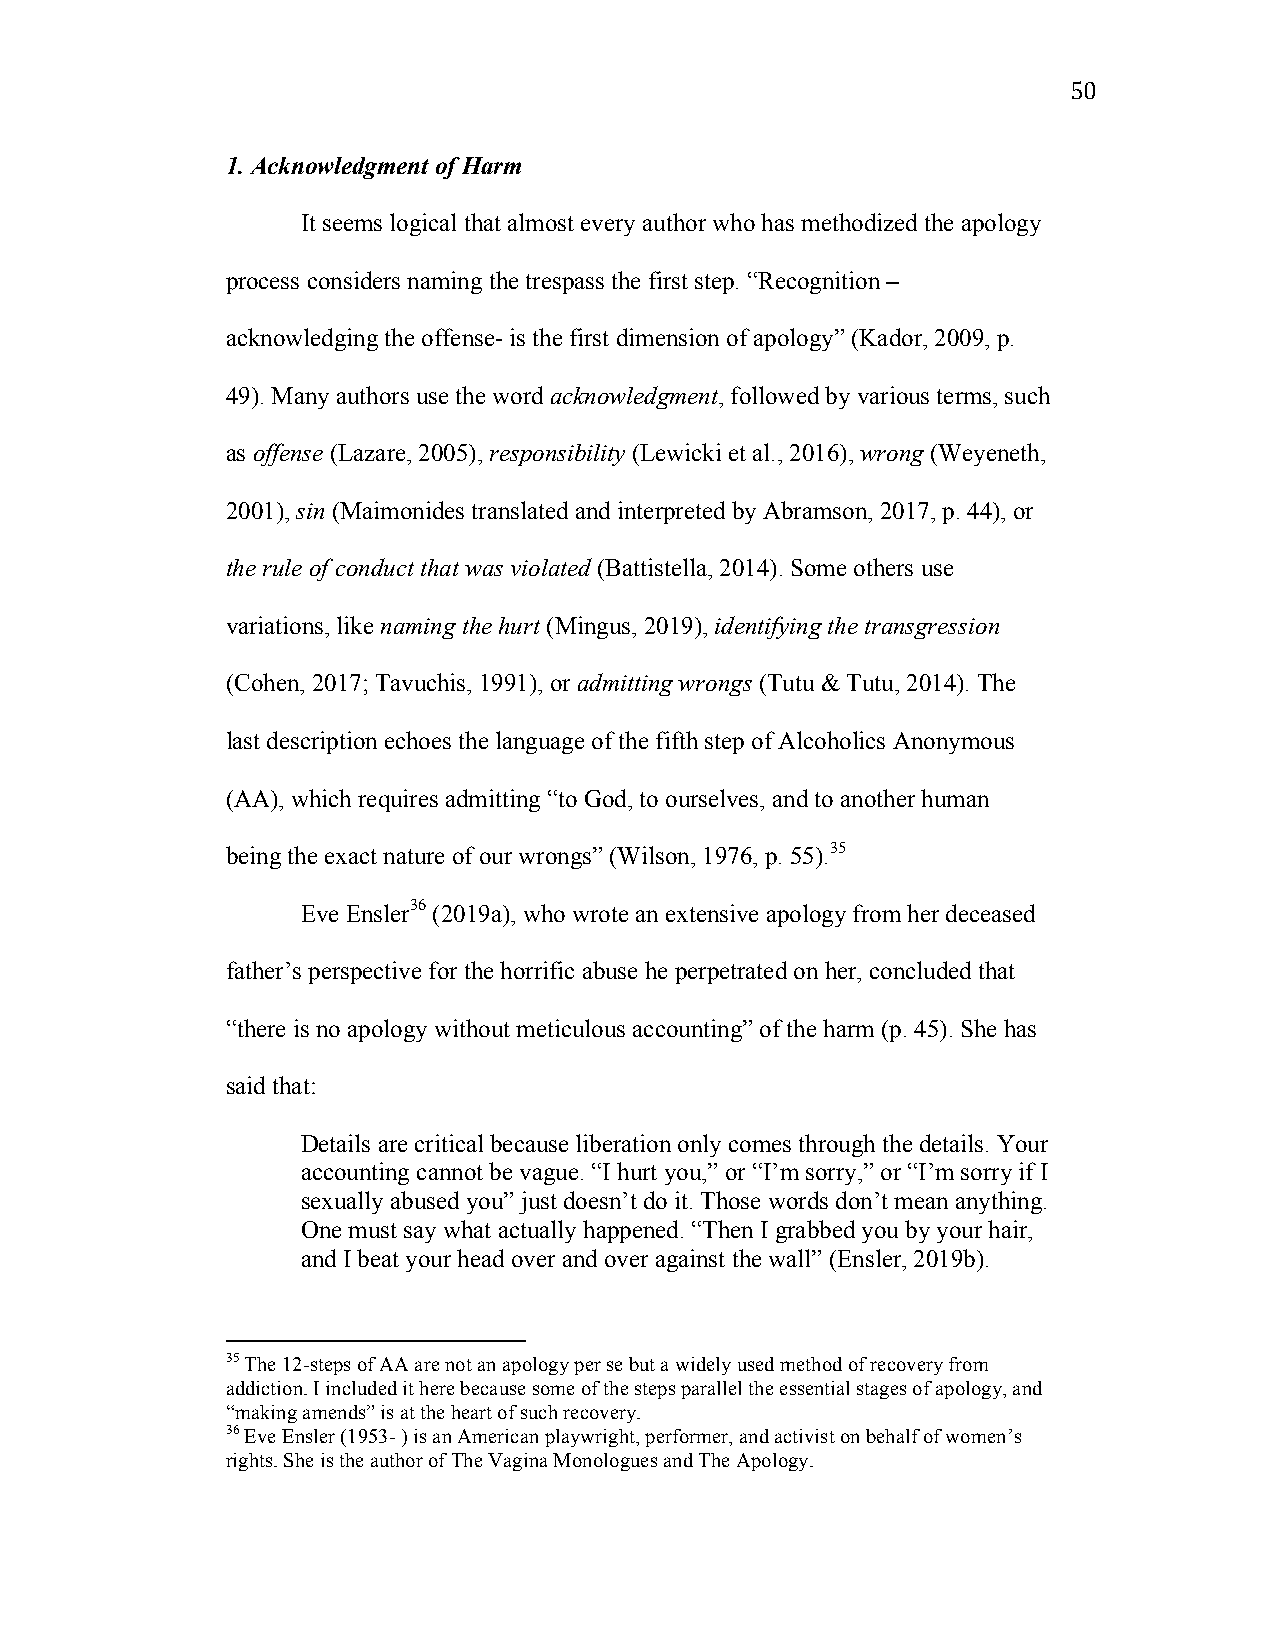
50
 1. Acknowledgment of Harm
 It seems logical that almost every author who has methodized the apology
 process considers naming the trespass the first step. “Recognition –
 acknowledging the offense- is the first dimension of apology” (Kador, 2009, p.
 49). Many authors use the word acknowledgment, followed by various terms, such
 as offense (Lazare, 2005), responsibility (Lewicki et al., 2016), wrong (Weyeneth,
 2001), sin (Maimonides translated and interpreted by Abramson, 2017, p. 44), or
 the rule of conduct that was violated (Battistella, 2014). Some others use
 variations, like naming the hurt (Mingus, 2019), identifying the transgression
 (Cohen, 2017; Tavuchis, 1991), or admitting wrongs (Tutu & Tutu, 2014). The
 last description echoes the language of the fifth step of Alcoholics Anonymous
 (AA), which requires admitting “to God, to ourselves, and to another human
 being the exact nature of our wrongs” (Wilson, 1976, p. 55).35
 Eve Ensler36 (2019a), who wrote an extensive apology from her deceased
 father’s perspective for the horrific abuse he perpetrated on her, concluded that
 “there is no apology without meticulous accounting” of the harm (p. 45). She has
 said that:
 Details are critical because liberation only comes through the details. Your
 accounting cannot be vague. “I hurt you,” or “I’m sorry,” or “I’m sorry if I
 sexually abused you” just doesn’t do it. Those words don’t mean anything.
 One must say what actually happened. “Then I grabbed you by your hair,
 and I beat your head over and over against the wall” (Ensler, 2019b).
 35 The 12-steps of AA are not an apology per se but a widely used method of recovery from
 addiction. I included it here because some of the steps parallel the essential stages of apology, and
 “making amends” is at the heart of such recovery.
 36 Eve Ensler (1953- ) is an American playwright, performer, and activist on behalf of women’s
 rights. She is the author of The Vagina Monologues and The Apology.